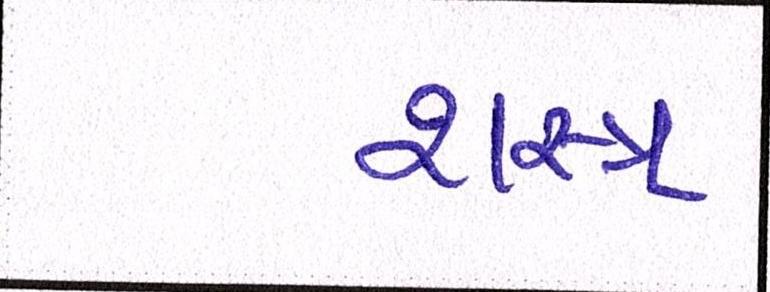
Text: શસ્ત્ર